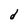
Character: d